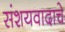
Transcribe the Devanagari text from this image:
संशयवादाचे